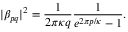
| \beta _ { p q } | ^ { 2 } = \frac { 1 } { 2 \pi \kappa q } \frac { 1 } { e ^ { 2 \pi p / \kappa } - 1 } .